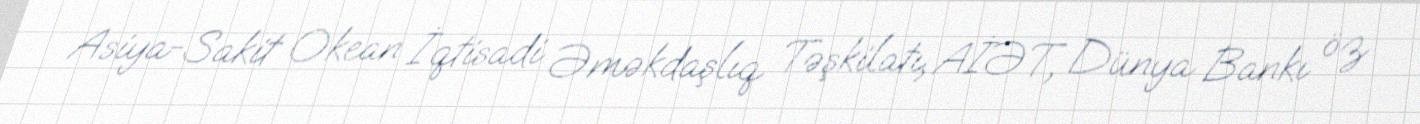
Asiya-Sakit Okean İqtisadi Əməkdaşlıq Təşkilatı, AİƏT, Dünya Bankı öz